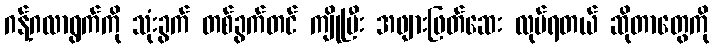
ဂန့်ဂလာရွက်ကို သုံးခွက် တစ်ခွက်တင် ကျိုပြီး အဖျားဖြတ်ဆေး လုပ်ရတယ် ဆိုတာတွေကို